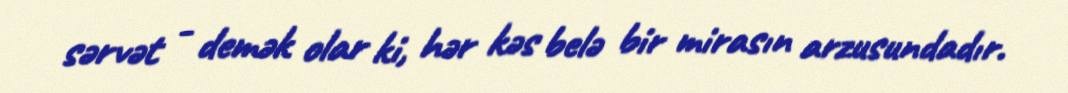
sərvət - demək olar ki, hər kəs belə bir mirasın arzusundadır.